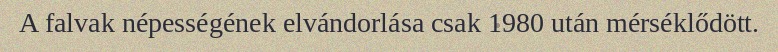
A falvak népességének elvándorlása csak 1980 után mérséklődött.